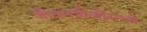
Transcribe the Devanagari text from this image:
जीवनशैलीमध्ये